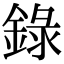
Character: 錄